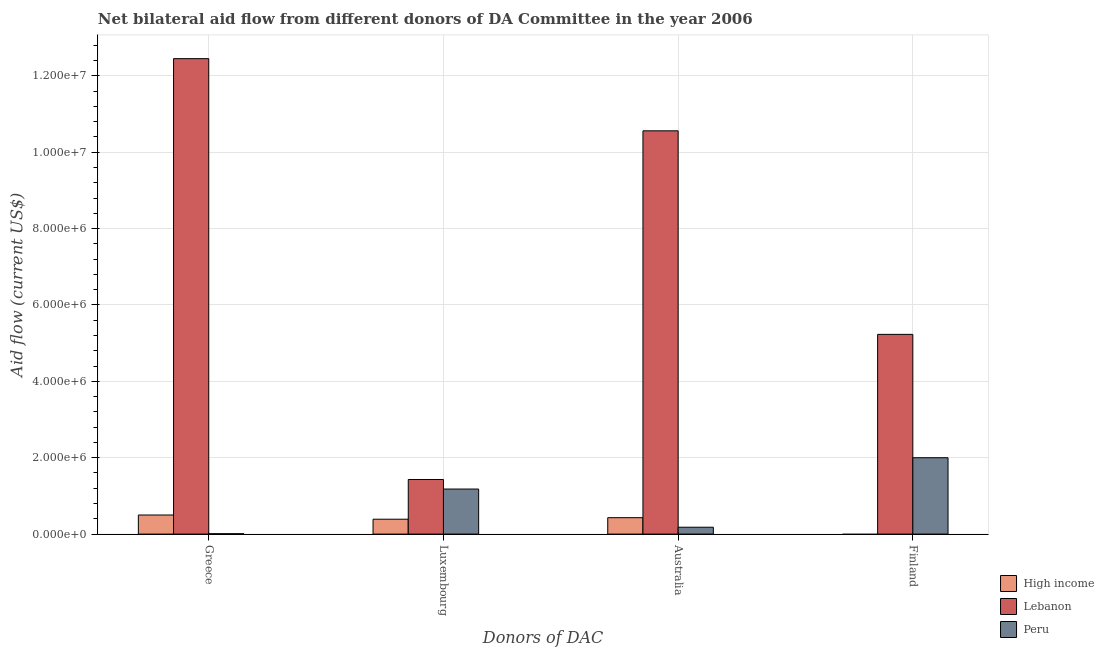
| Donors of DAC | High income | Lebanon | Peru |
 | --- | --- | --- | --- |
 | Greece | 5e+05 | 1.24e+07 | 1e+04 |
 | Luxembourg | 3.9e+05 | 1.43e+06 | 1.18e+06 |
 | Australia | 4.3e+05 | 1.06e+07 | 1.8e+05 |
 | Finland | -1.28e+06 | 5.23e+06 | 2e+06 |